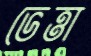
ভেত্তা